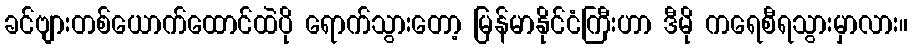
ခင်ဗျားတစ်ယောက်ထောင်ထဲပို ရောက်သွားတော့ မြန်မာနိုင်ငံကြီးဟာ ဒီမို ကရေစီရသွားမှာလား။